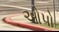
ઓપો